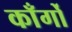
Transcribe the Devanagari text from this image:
काँर्गो